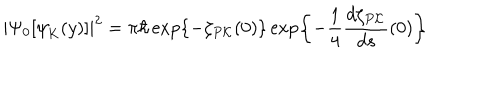
\left| \Psi _ { 0 } [ { \psi } _ { \mathrm { K } } ( y ) ] \right| ^ { 2 } = \pi \hbar \exp \left\{ - \zeta _ { P { \cal K } } ( 0 ) \right\} \exp \left\{ - \frac { 1 } { 4 } \frac { d \zeta _ { P { \cal K } } } { d s } ( 0 ) \right\}